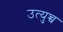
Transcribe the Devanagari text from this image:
उत्युच्च